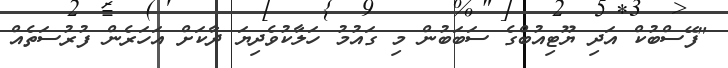
"ފޭސްބުކް އަދި ޔޫޓިއުބްގެ ސަބަބުން މި ގައުމު ހަލާކުވެދިޔަ ދާކަށް އަހަރެން ފުރުސަތެއް